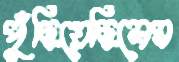
পুঁছিয়েছিলেম